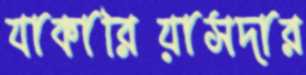
যাকারিয়াসদার